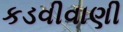
કડવીવાણી